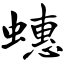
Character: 蟪